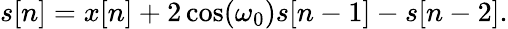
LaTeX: s[n]=x[n]+2\cos(\omega_{0})s[n-1]-s[n-2].